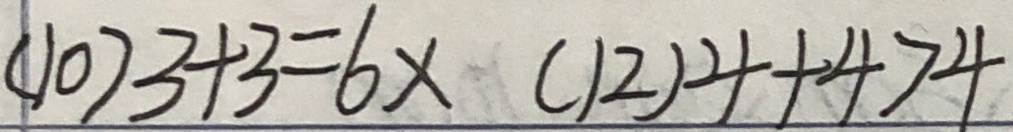
( 1 0 ) 3 + 3 = 6 x ( 1 2 ) 4 + 4 > 4